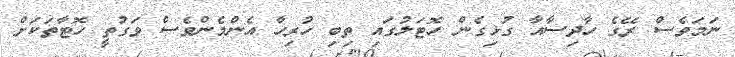
ނަމަވެސް ރޭގެ ހާދިސާއާ ގުޅިގެން ހޮޓަލުގައި ތިބި ހުރިހާ އެންމެންވެސް ވަގުތީ ހޮޓާތަކަށް